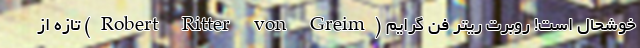
خوشحال است! روبرت ریتر فُن گرایم (Robert Ritter von Greim) تازه از